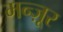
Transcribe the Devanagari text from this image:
मन्ज़ूर